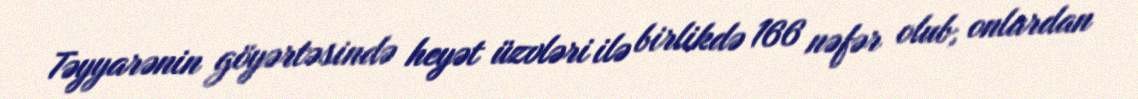
Təyyarənin göyərtəsində heyət üzvləri ilə birlikdə 166 nəfər olub, onlardan